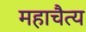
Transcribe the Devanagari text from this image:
महाचैत्य